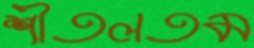
শীতলতম